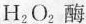
H_{2}O_{2}酶